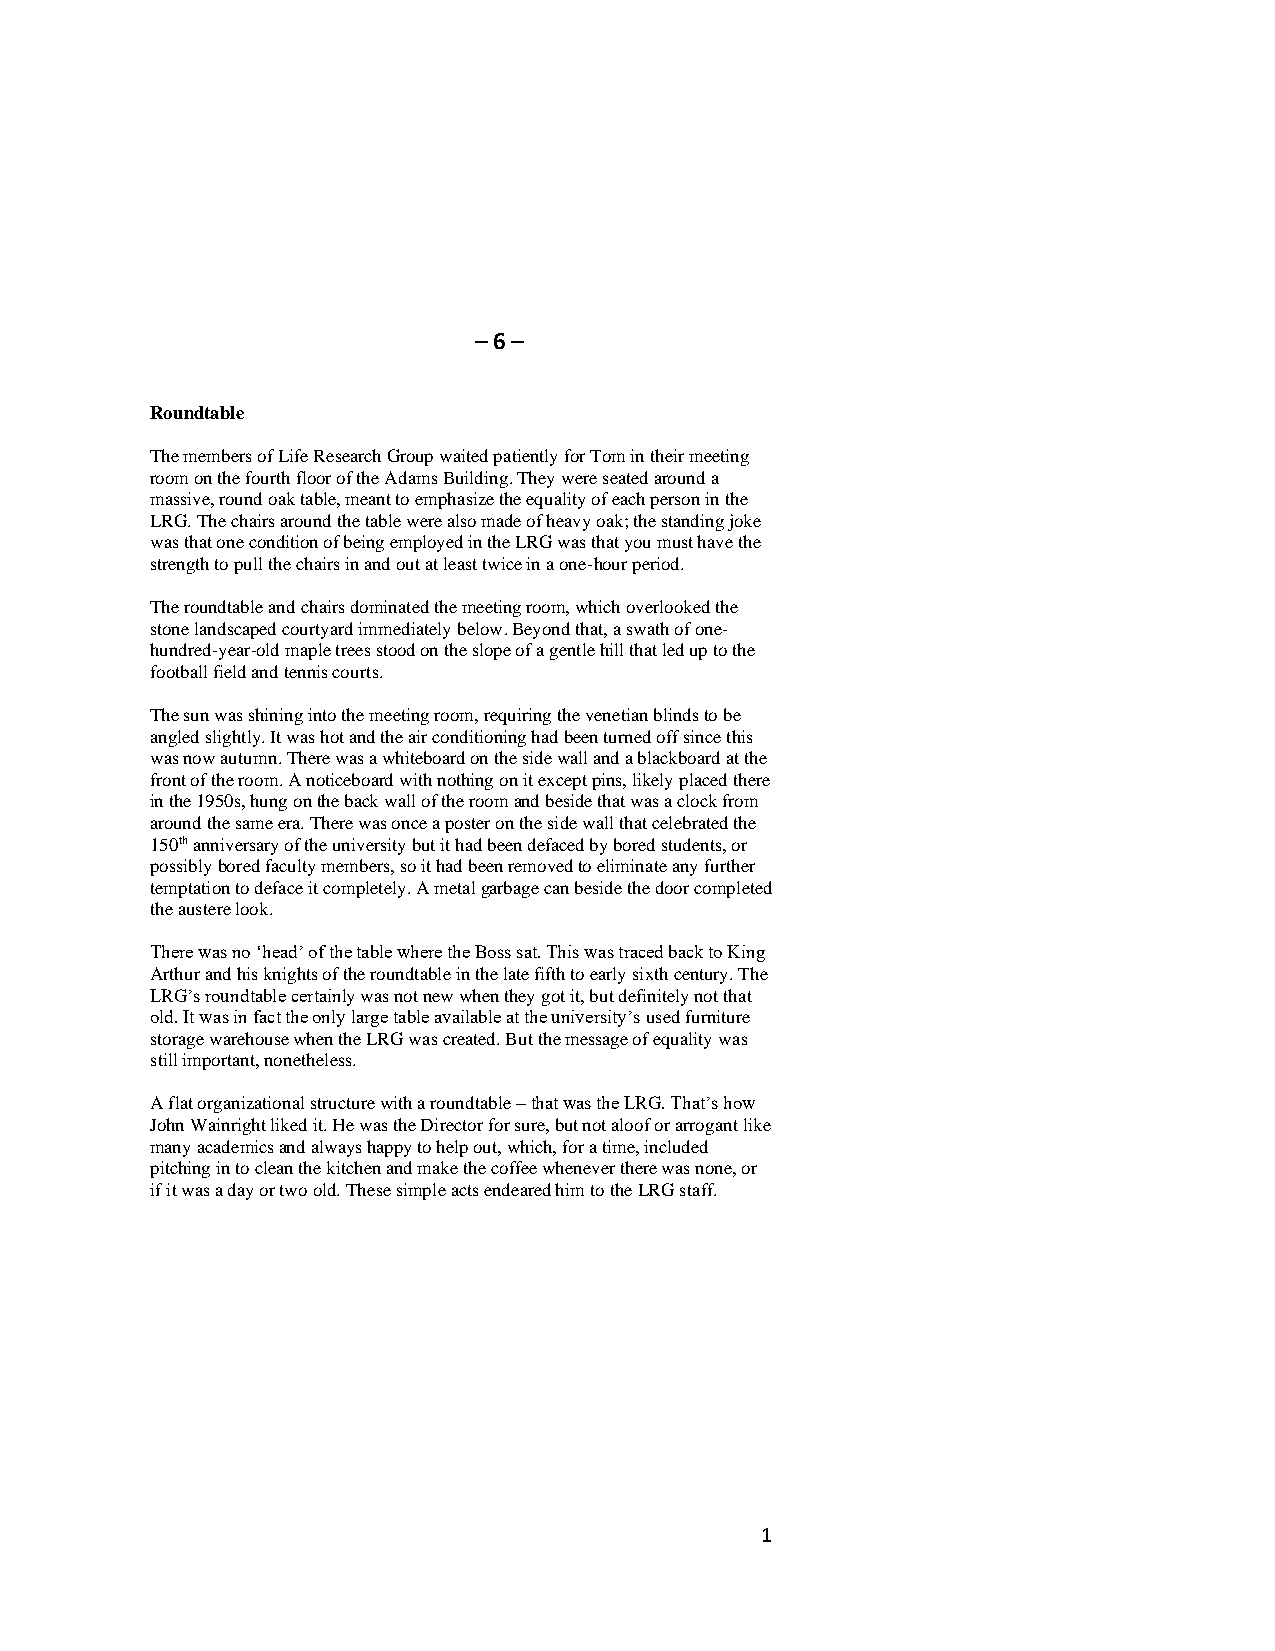
– 6 –
 Roundtable
 The members of Life Research Group waited patiently for Tom in their meeting
 room on the fourth floor of the Adams Building. They were seated around a
 massive, round oak table, meant to emphasize the equality of each person in the
 LRG. The chairs around the table were also made of heavy oak; the standing joke
 was that one condition of being employed in the LRG was that you must have the
 strength to pull the chairs in and out at least twice in a one-hour period.
 The roundtable and chairs dominated the meeting room, which overlooked the
 stone landscaped courtyard immediately below. Beyond that, a swath of one-
 hundred-year-old maple trees stood on the slope of a gentle hill that led up to the
 football field and tennis courts.
 The sun was shining into the meeting room, requiring the venetian blinds to be
 angled slightly. It was hot and the air conditioning had been turned off since this
 was now autumn. There was a whiteboard on the side wall and a blackboard at the
 front of the room. A noticeboard with nothing on it except pins, likely placed there
 in the 1950s, hung on the back wall of the room and beside that was a clock from
 around the same era. There was once a poster on the side wall that celebrated the
 150th anniversary of the university but it had been defaced by bored students, or
 possibly bored faculty members, so it had been removed to eliminate any further
 temptation to deface it completely. A metal garbage can beside the door completed
 the austere look.
 There was no ‘head’ of the table where the Boss sat. This was traced back to King
 Arthur and his knights of the roundtable in the late fifth to early sixth century. The
 LRG’s roundtable certainly was not new when they got it, but definitely not that
 old. It was in fact the only large table available at the university’s used furniture
 storage warehouse when the LRG was created. But the message of equality was
 still important, nonetheless.
 A flat organizational structure with a roundtable – that was the LRG. That’s how
 John Wainright liked it. He was the Director for sure, but not aloof or arrogant like
 many academics and always happy to help out, which, for a time, included
 pitching in to clean the kitchen and make the coffee whenever there was none, or
 if it was a day or two old. These simple acts endeared him to the LRG staff.
 1